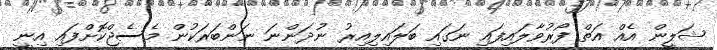
ޝަލީން އެއް އަތް ފޯރުވާލައިފައި ނަގައި ބަލައިލިއިރު ނުދަންނަ ނަންބަރަކުން މެސެޖްކޮށްފައި އިނީ